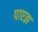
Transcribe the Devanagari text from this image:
पाएझ